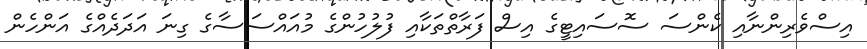
އިސްވެރިންނާއި ކެންސަ ސޮސައިޓީގެ އިސް ފަރާތްތަކާއި ފުލުހުންގެ މުއައްސަސާގެ ގިނަ އަދަދެއްގެ އަންހެން